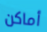
أماكن